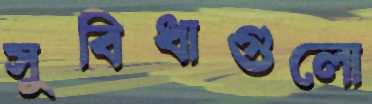
সুবিধাগুলো